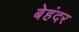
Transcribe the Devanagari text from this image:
बेहंदर